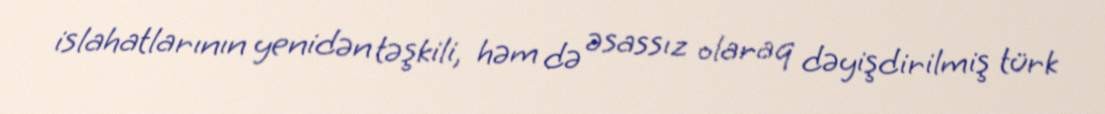
islahatlarının yenidən təşkili, həm də əsassız olaraq dəyişdirilmiş türk